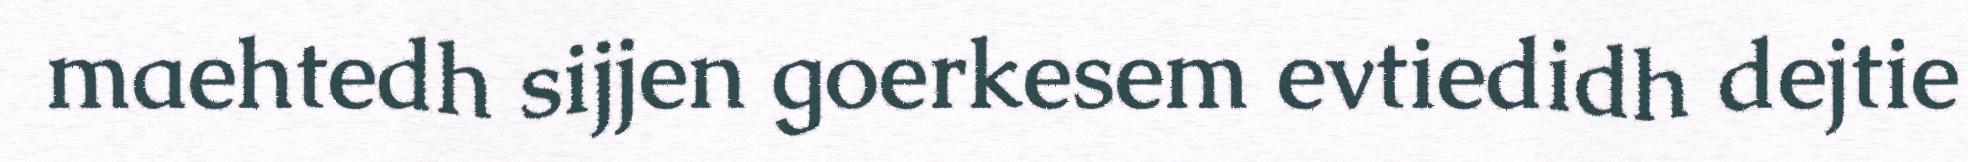
maehtedh sijjen goerkesem evtiedidh dejtie